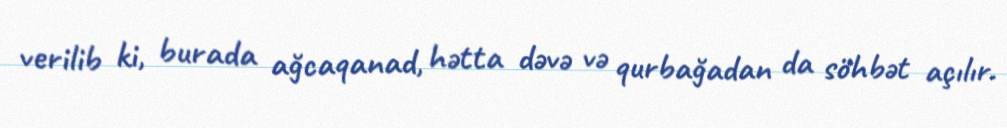
verilib ki, burada ağcaqanad, hətta dəvə və qurbağadan da söhbət açılır.